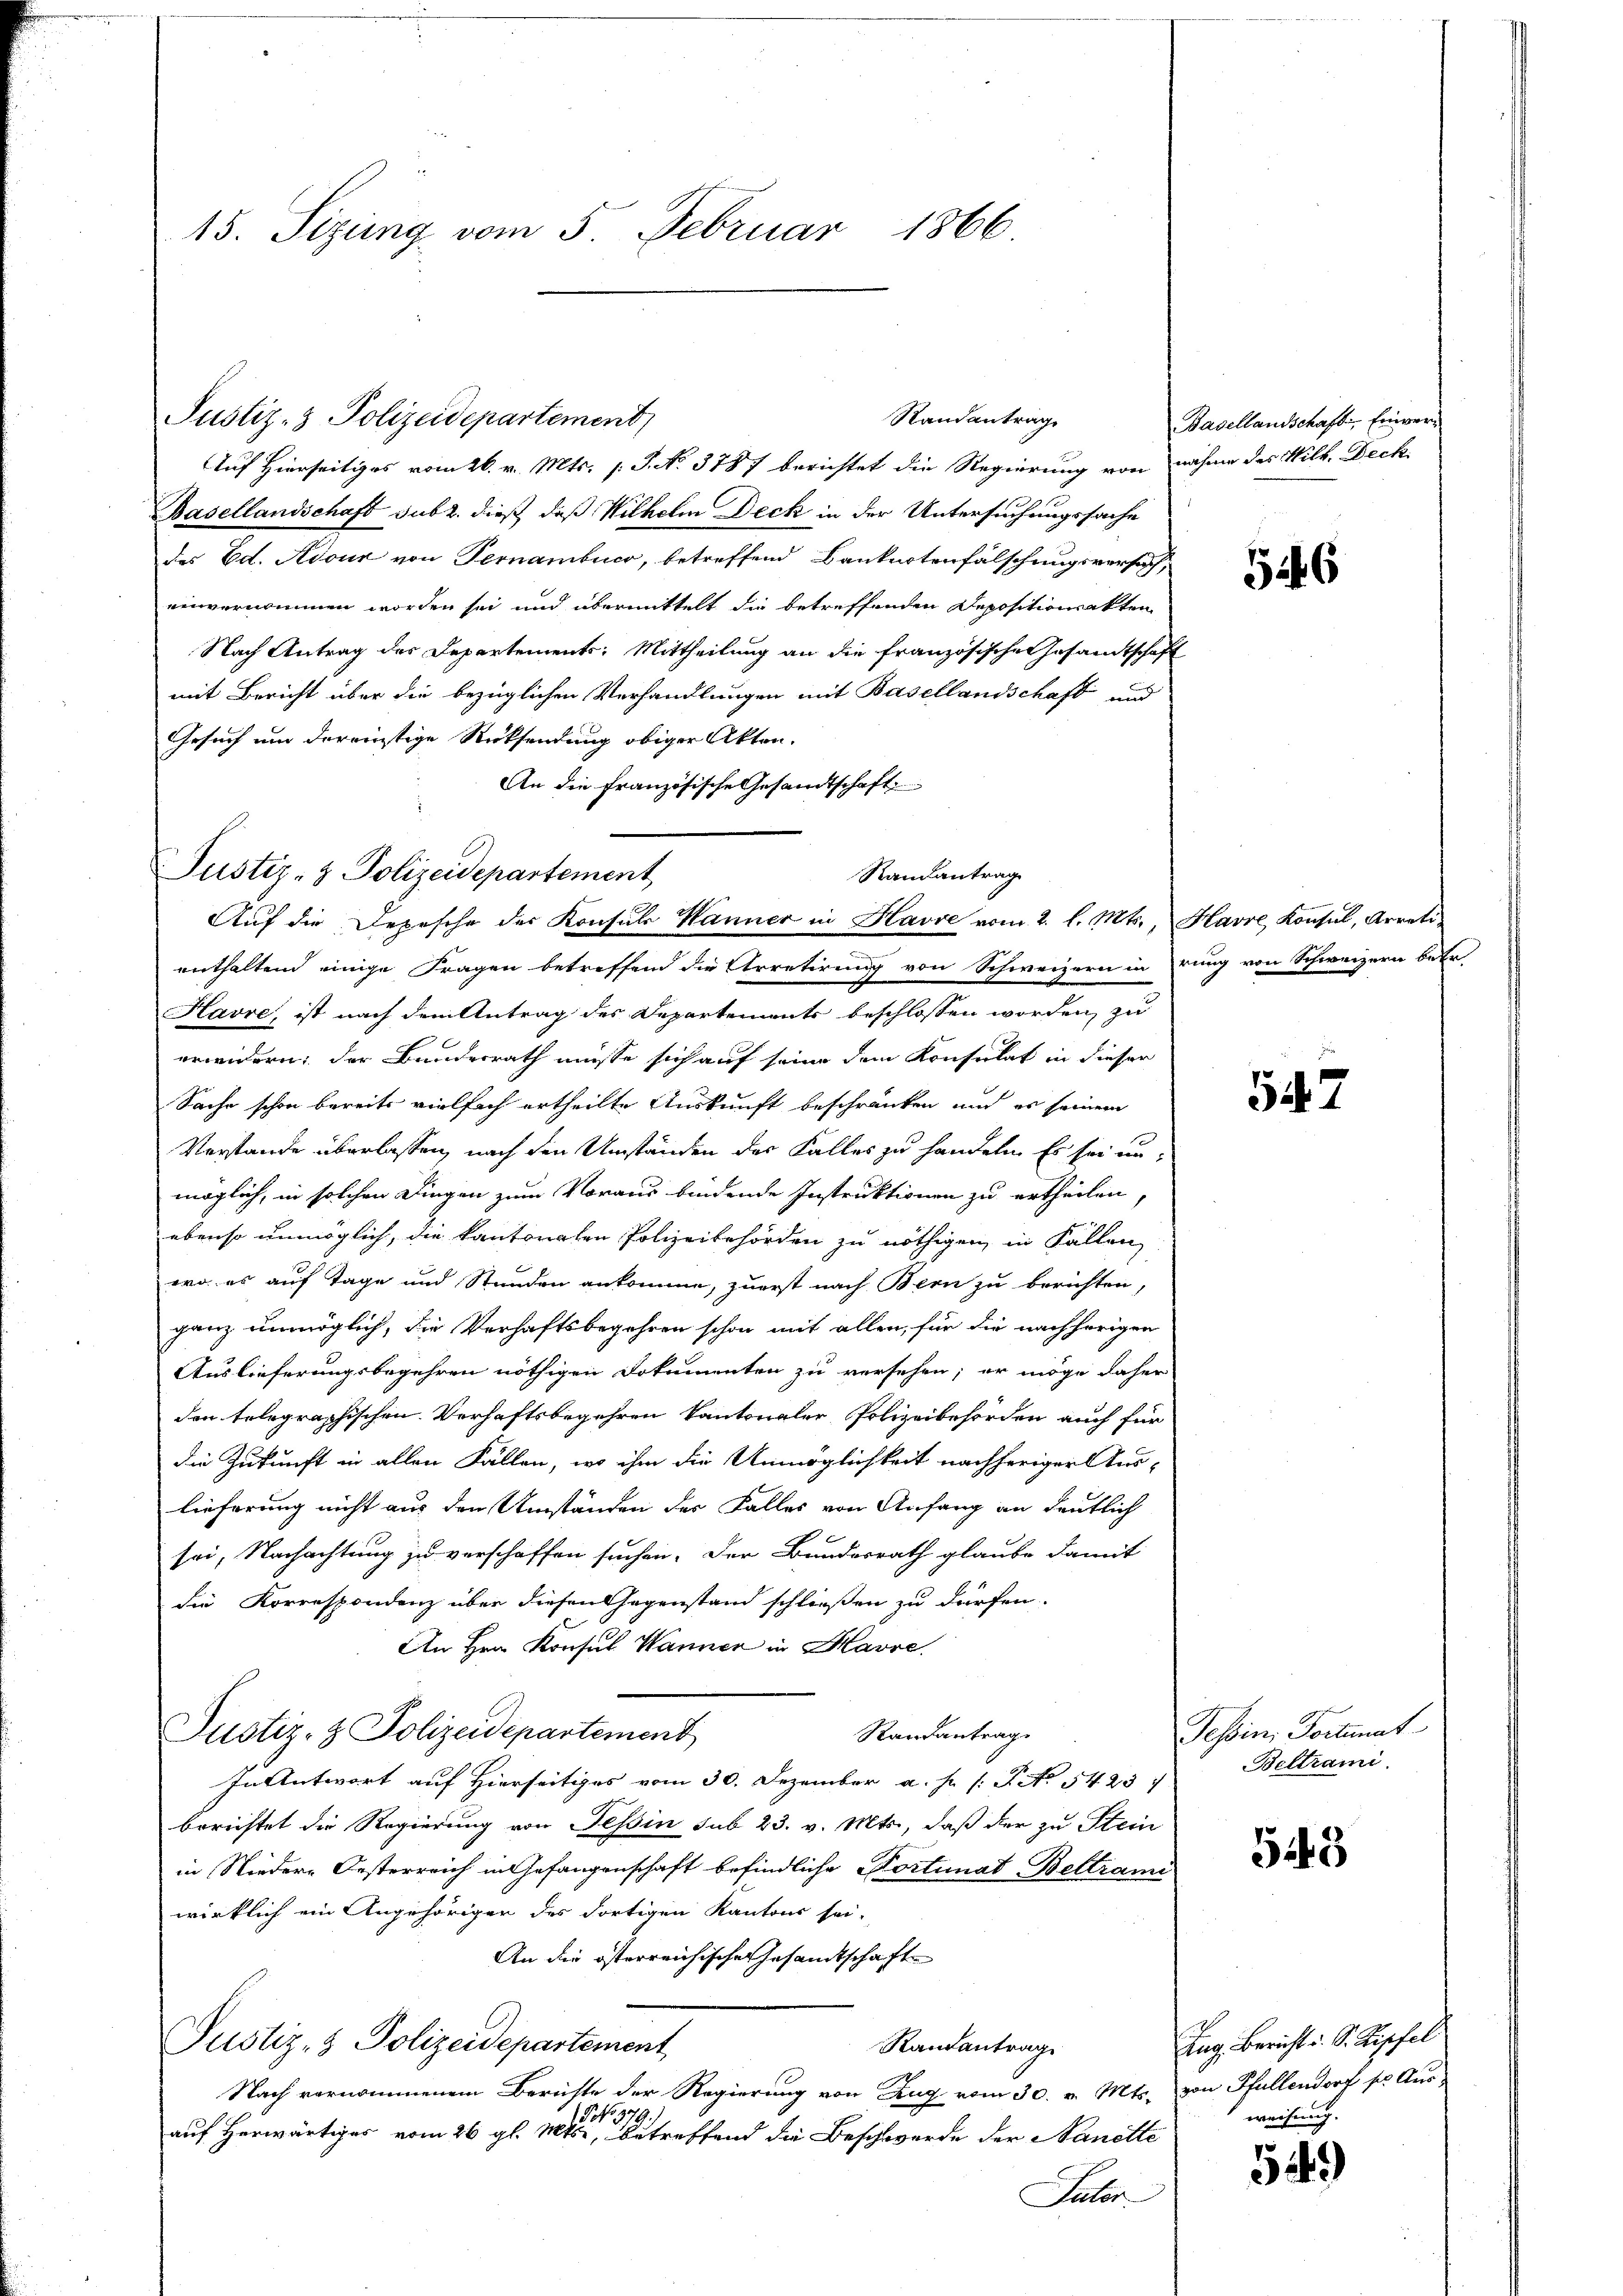
Auf Hierseitiges vom 26. v. Mts. f. J. N. 3787 berichtet die Regierung von nahme des Wilk. Deck¬
Basellandschaft sub 2. dieß, daß Wilhelm Deck in der Untersuchungssache
des Ed. Adour von Pernambuco, betreffend Banknotenfälschungsversuch
einvernommen worden sei und übermittelt die betreffenden Depositionsakten
Nach Antrag des Departements, Mittheilung an die französischen Gesamtschaft
mit Bericht über die bezüglichen Verhandlungen mit Basellandschaft und
Gesuch um dereinstige Rücksendung obiger Akten.
An die französische Gesandtschaft

15. Sizung vom 5. Februar 1866

Randantrag
Justiz- & Polizeidepartement
Aŭf die Depesche der Konsuls Wanner in Havre vom 2. l. Mts., Havre Konsul, Arreti-
enthaltend einige Fragen betreffend die Arretirung von Schweizern in rung von Schweizern betr

Justiz- & Polizeidepartement

Randantrag

Havre, ist nach dem Antrag des Departements beschlossen worden, zu
orwidern; der Bundesrath müsse sich auf seine dem Konsulat in dieser
Sache schon bereits vielfach ertheilte Auskunft beschränken und es seinem
Verstande überlassen, nach den Umständen des Falles zu handeln. Es sei un-
möglich, in solchen Dingen zum Voraus bindende Instruktionen zu ertheilen,
ebenso unmöglich, die kantonalen Polizeibehörden zu nöthigen, in Fällen
wo es auf Tage und Stunden ankomme, zuerst nach Bern zu berichten,
ganz unmöglich, die Verhaftsbegehren schon mit allen, für die nachherigen
Auslieferungsbegehren nöthigen Dokumenten zu versehen; er möge daher
den telegraphischen Verhaftsbegehren kantonaler Polizeibehörden auch für
die Zukunft in allen Fällen, wo ihm die Unmöglichkeit nachheriger Aus-
lieferung nicht aus den Umständen der Falles von Anfang an deutlich
sei, Nachachtung zu verschaffen suchen. Der Bundesrath glaube damit
die Korrespondenz über diesen Gegenstand schließen zu dürfen.
An Hrn. Konsul Wanner in Havre
Justiz- & Polizeidepartement
Randantrag.
In Antwort auf Hierseitiges vom 30. Dezember a. s. S. No 5423
berichtet die Regierung von Tessin sub 23. v. Mts., daß der zu Stein
in Niedere Oesterreich in Gefangenschaft befindliche Sortimat Beltrami
wirklich ein Angehörigen des dortigen Kantons sei-
An die österreichische Gesamtschaft
Justiz- & Polizeidepartement
Randantrag
Nach vernommenem Berichte der Regierung von Zug vom 30. v. Mts. von Pfullendorf so Aus
PNNo. 379.
auf herwärtiges vom 26 gl. Mts., betreffend die Beschwerde der Sanitte
Pater

Basellandschaft. Einver-

5246

547

Tessin, Fortunat
Beltrami

543

Zug. Bericht u. S. Zipfel
weisung.

549)